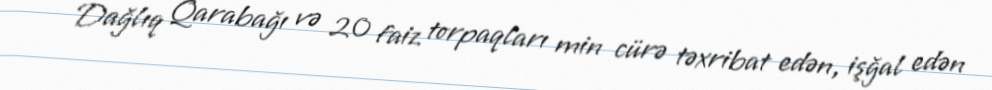
- Dağlıq Qarabağı və 20 faiz torpaqları min cürə təxribat edən, işğal edən